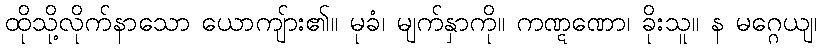
ထိုသို့လိုက်နာသော ယောကျ်ား၏။ မုခံ၊ မျက်နှာကို။ ကဏ္ဋဏော၊ ခိုးသူ။ န မဂ္ဂေယျ၊